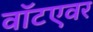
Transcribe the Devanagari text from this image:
वॉटएवर